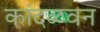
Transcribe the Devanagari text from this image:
कांदळवन